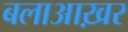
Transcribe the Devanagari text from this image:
बलाआख़र